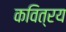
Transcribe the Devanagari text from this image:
कवित्रय